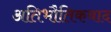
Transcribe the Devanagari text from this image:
अतिभौतिकवाद